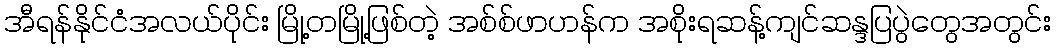
အီရန်နိုင်ငံအလယ်ပိုင်း မြို့တမြို့ဖြစ်တဲ့ အစ်စ်ဖာဟန်က အစိုးရဆန့်ကျင်ဆန္ဒပြပွဲတွေအတွင်း